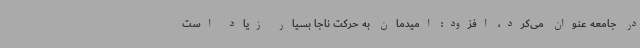
در جامعه عنوان می‌کرد، افزود: امیدمان به حرکت ناجا بسیار زیاد است